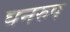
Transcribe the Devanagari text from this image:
घनरुप